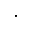
\cdot